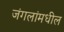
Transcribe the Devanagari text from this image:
जंगलांमधील